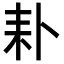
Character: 𦓦